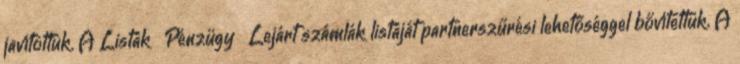
javítottuk. A Listák Pénzügy Lejárt számlák listáját partnerszűrési lehetőséggel bővítettük. A